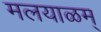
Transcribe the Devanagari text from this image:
मलयाळम्‌